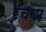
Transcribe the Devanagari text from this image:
रचबा